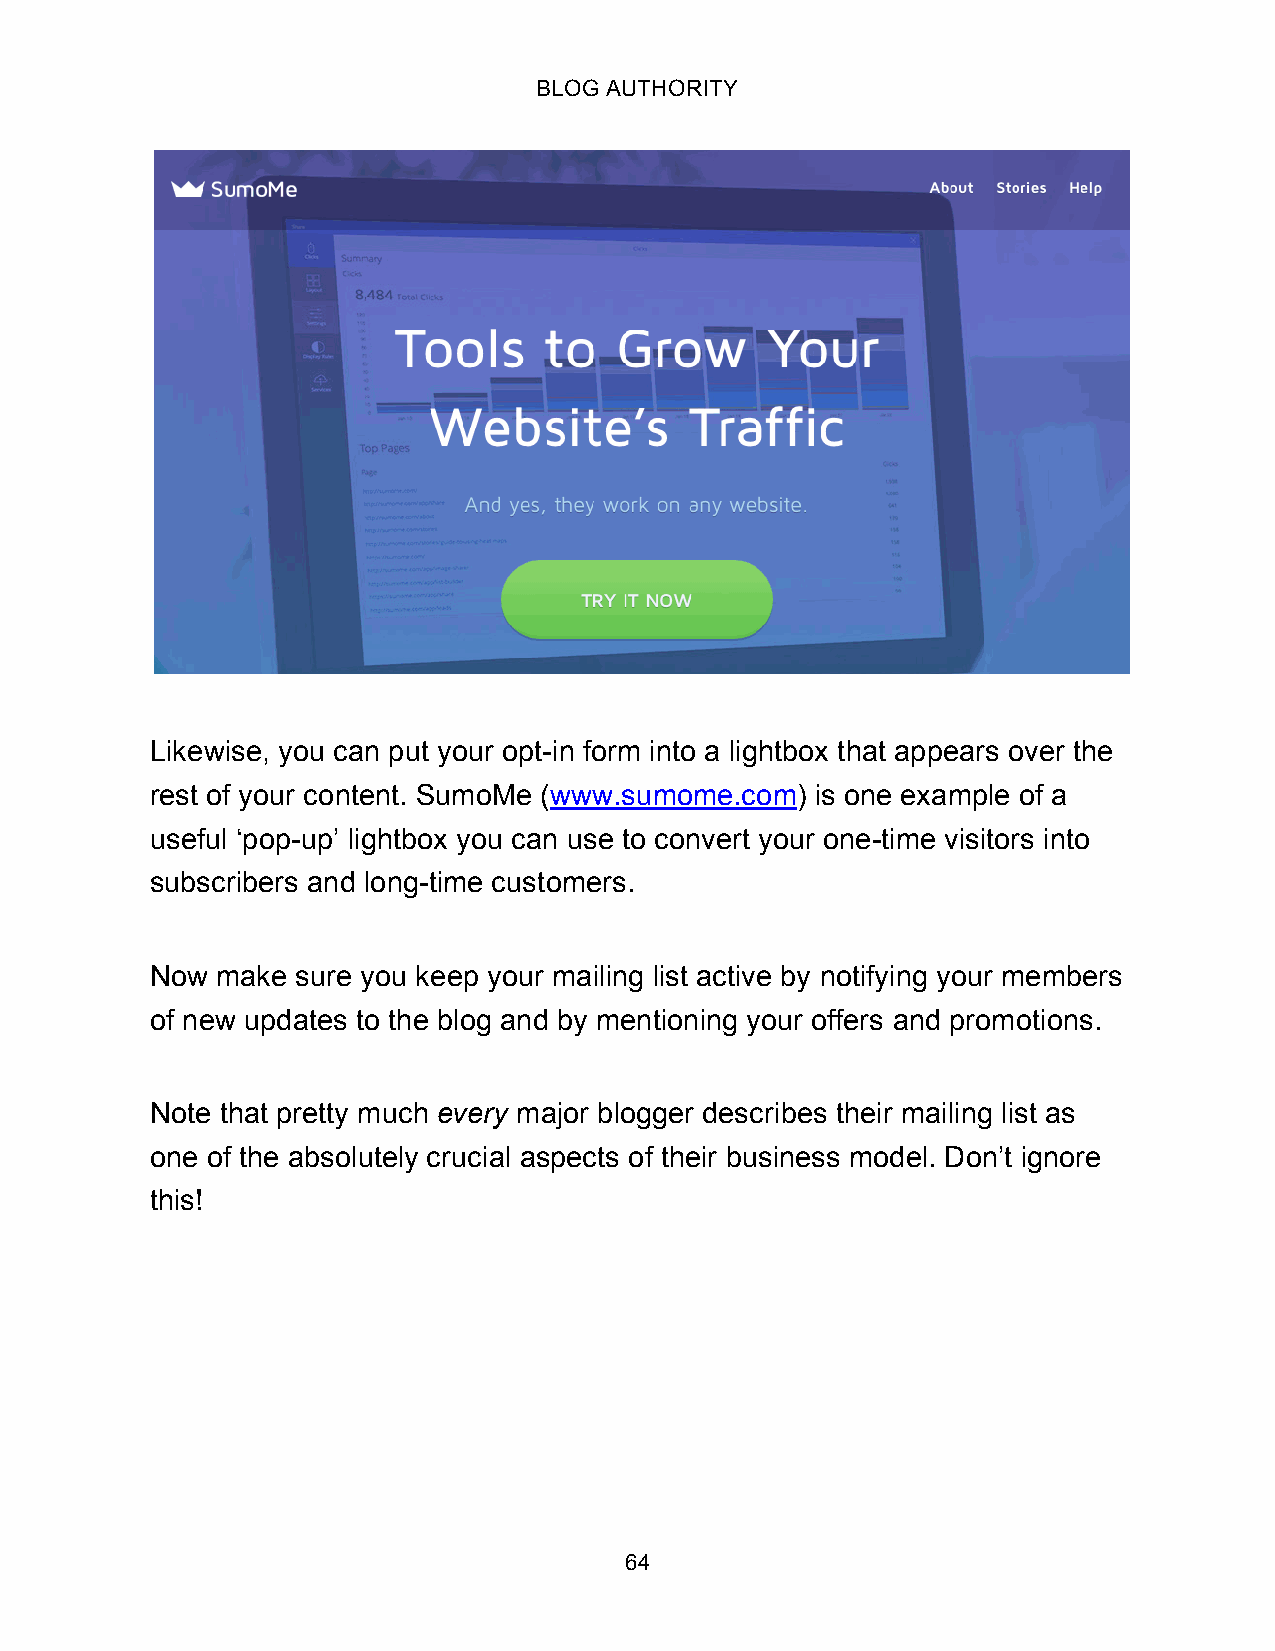
BLOG AUTHORITY
 Likewise, you can put your opt-in form into a lightbox that appears over the
 rest of your content. SumoMe (www.sumome.com) is one example of a
 useful ‘pop-up’ lightbox you can use to convert your one-time visitors into
 subscribers and long-time customers.
 Now make  sure you keep your mailing list active by notifying your members
 of new updates to the blog and by mentioning your offers and promotions.
 Note that pretty much every major blogger describes their mailing list as
 one of the absolutely crucial aspects of their business model. Don’t ignore
 this!
 64